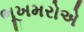
ભૂખમરોએ